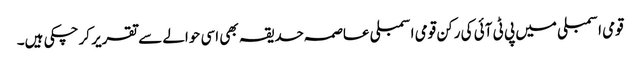
قومی اسمبلی میں پی ٹی آئی کی رکن قومی اسمبلی عاصمہ حدیقہ بھی اسی حوالے سے تقریر کرچکی ہیں۔